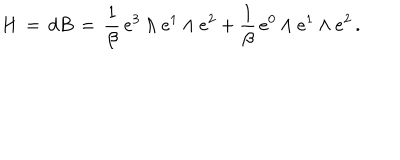
H \, = \, d B \, = \, \frac { 1 } { \beta } \, e ^ { 3 } \wedge e ^ { 1 } \wedge e ^ { 2 } + \frac { 1 } { \beta } \, e ^ { 0 } \wedge e ^ { 1 } \wedge e ^ { 2 } \, .